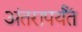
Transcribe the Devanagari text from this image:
अंतरापर्यँत